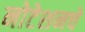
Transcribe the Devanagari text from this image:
नोटेशनचे